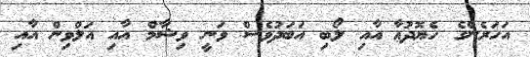
އަހަރެންގެ ހެޔޮދުޢާ އާއި ލޯބި އަބަދުވެސް ވަނީ ވިޝާމް އާއި އަލްވިން އާއި